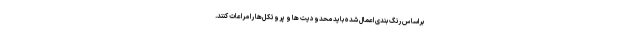
براساس رنگ بندی اعمال شده باید محدودیت ها و پروتکل‌ها را مراعات کنند.